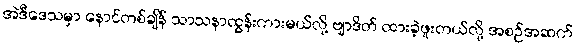
အဲဒီဒေသမှာ နောင်တစ်ချိန် သာသနာထွန်းကားမယ်လို့ ဗျာဒိတ် ထားခဲ့ဖူးတယ်လို့ အစဉ်အဆက်